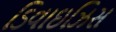
ડિવાઇઝિસ